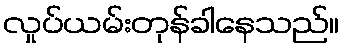
လှုပ်ယမ်းတုန်ခါနေသည်။